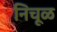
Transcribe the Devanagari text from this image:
निचूळ